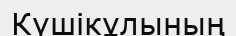
Күшікұлының